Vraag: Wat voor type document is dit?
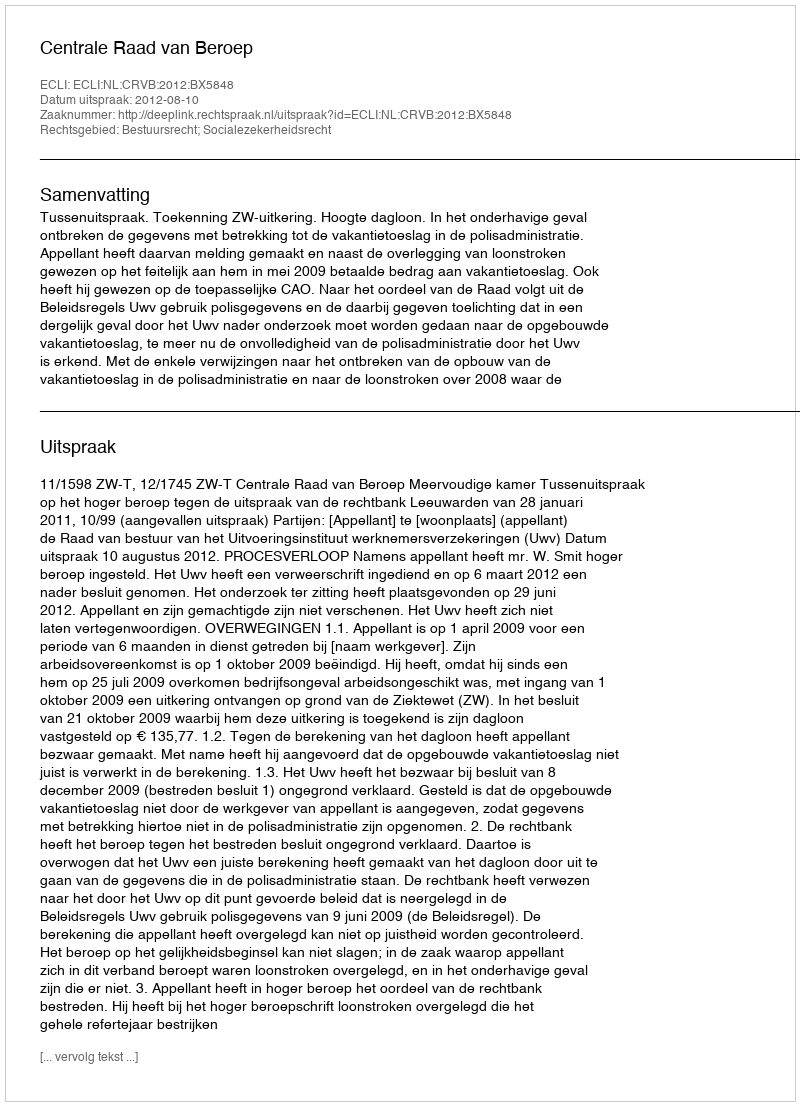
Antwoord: Uitspraak